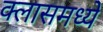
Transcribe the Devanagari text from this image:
क्लासमध्ये